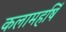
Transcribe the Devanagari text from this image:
कलामहर्षि